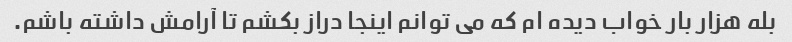
بله هزار بار خواب دیده ام که می توانم اینجا دراز بکشم تا آرامش داشته باشم.